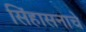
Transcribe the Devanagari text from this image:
सिंहासनाचे